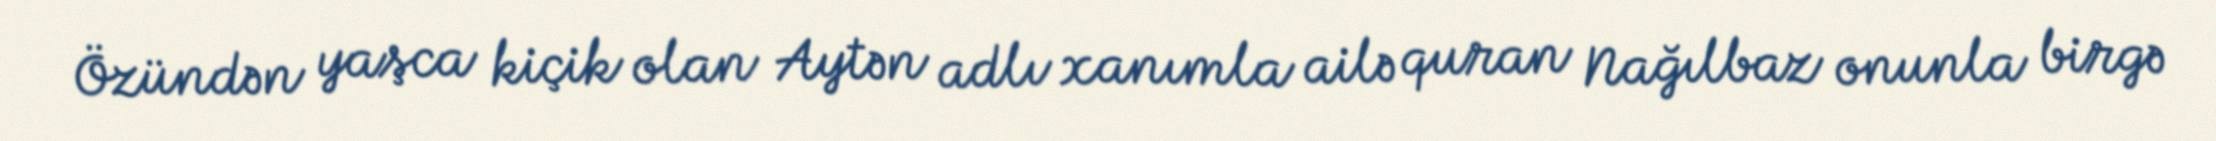
Özündən yaşca kiçik olan Aytən adlı xanımla ailə quran Nağılbaz onunla birgə